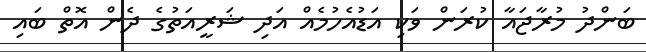
ބަންދު މުރާޖައާ ކުރަން ވަކި އަޑުއެހުމެއް އަދި ޝަރީއަތުގެ ދެން އޮތް ބައި